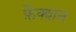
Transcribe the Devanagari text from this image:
फ़ैक्शन